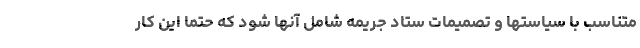
متناسب با سیاستها و تصمیمات ستاد جریمه شامل آنها شود که حتما این کار